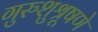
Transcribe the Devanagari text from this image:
गुरुशुश्रूषणे